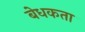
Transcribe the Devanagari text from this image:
बेधकता